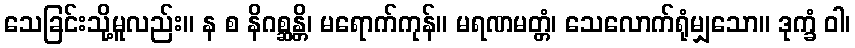
သေခြင်းသို့မူလည်း။ န စ နိဂစ္ဆန္တိ၊ မရောက်ကုန်။ မရဏမတ္တံ၊ သေလောက်ရုံမျှသော။ ဒုက္ခံ ဝါ၊